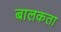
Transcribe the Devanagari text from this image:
बालकता